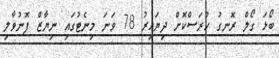
ބޯޅަ ގޯލް ރޮނގު ހުރަސްކޮށް ދިޔައިރު 78 ވަނަ މިނެޓުގައި ނިޔާޒް ފޮނުވާލި